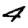
Digit: 4